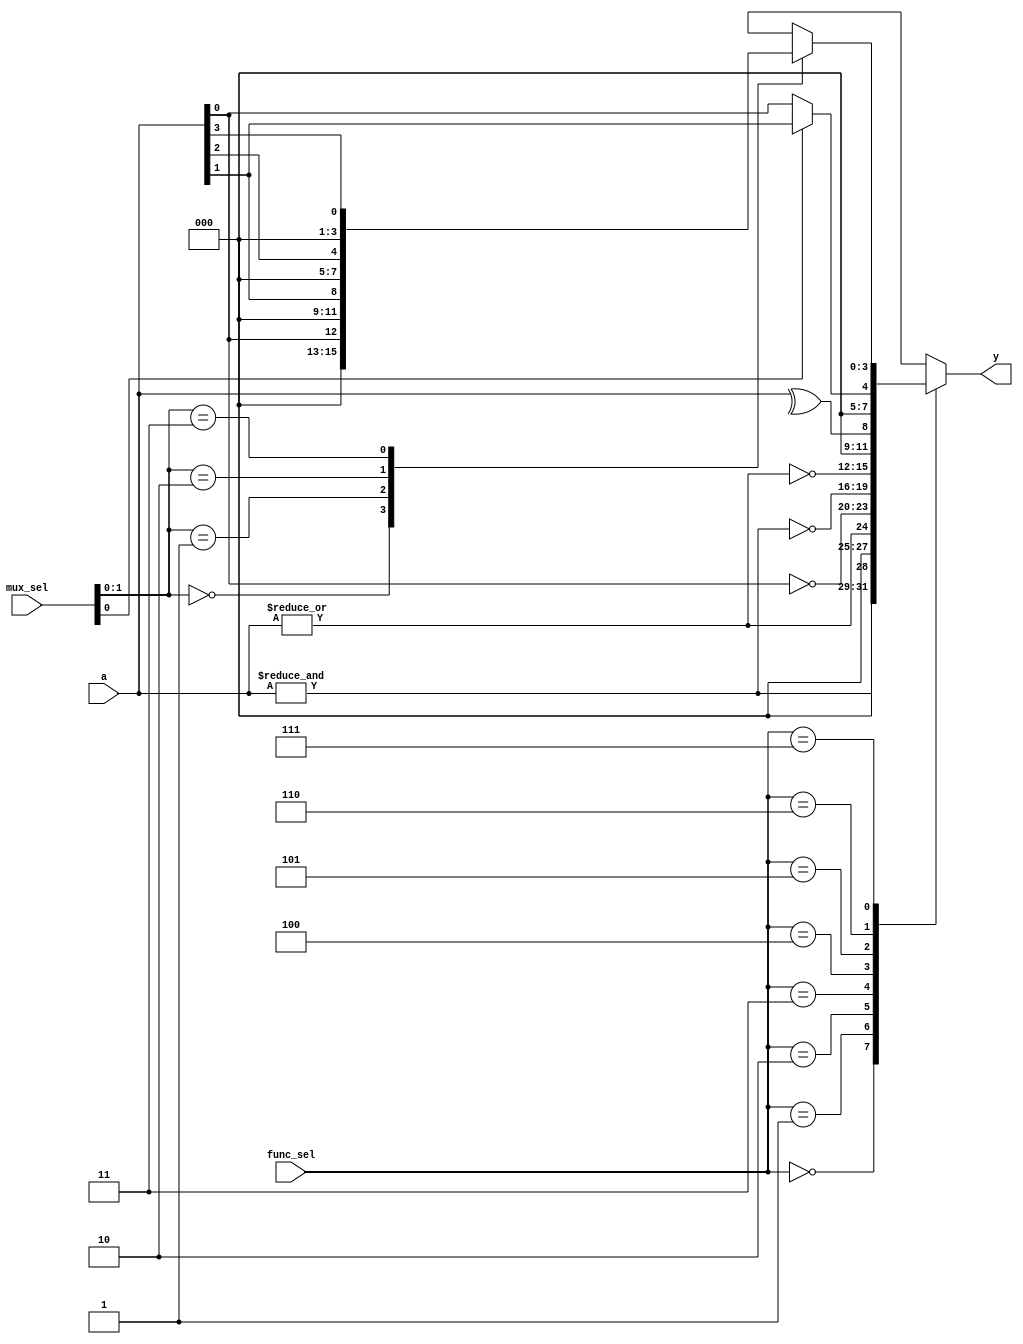
module combinational_logic_block #(
    parameter NUM_INPUTS = 4, // Configurable number of inputs (2 to 16)
    parameter NUM_OUTPUTS = 4  // Configurable number of outputs
)(
    input  wire [NUM_INPUTS-1:0]  a,      // Input signals
    input  wire [2:0]              func_sel, // Function select signal
    input  wire [NUM_INPUTS-1:0]  mux_sel,  // Mux select signal for multiplexers
    output reg [NUM_OUTPUTS-1:0]  y        // Output signals
);

    // Function select encoding
    localparam FUNC_AND    = 3'b000;
    localparam FUNC_OR     = 3'b001;
    localparam FUNC_NOT    = 3'b010;
    localparam FUNC_NAND   = 3'b011;
    localparam FUNC_NOR    = 3'b100;
    localparam FUNC_XOR    = 3'b101;
    localparam FUNC_MUX2   = 3'b110; // 2-to-1 MUX
    localparam FUNC_MUX4   = 3'b111; // 4-to-1 MUX

    always @(*) begin
        case (func_sel)
            FUNC_AND: begin
                y = &a; // AND operation
            end
            FUNC_OR: begin
                y = |a; // OR operation
            end
            FUNC_NOT: begin
                y = ~a[0]; // NOT operation (single input)
            end
            FUNC_NAND: begin
                y = ~( &a ); // NAND operation
            end
            FUNC_NOR: begin
                y = ~( |a ); // NOR operation
            end
            FUNC_XOR: begin
                y = ^a; // XOR operation
            end
            FUNC_MUX2: begin
                y = mux_sel[0] ? a[1] : a[0]; // 2-to-1 MUX
            end
            FUNC_MUX4: begin
                case (mux_sel[1:0])
                    2'b00: y = a[0];
                    2'b01: y = a[1];
                    2'b10: y = a[2];
                    2'b11: y = a[3];
                    default: y = {NUM_OUTPUTS{1'b0}};
                endcase
            end
            default: begin
                y = {NUM_OUTPUTS{1'b0}}; // Default case
            end
        endcase
    end

endmodule